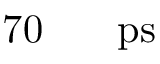
7 0 \ensuremath { \mathrm { ~ \textrm ~ { ~ \, ~ } ~ } } \ensuremath { \mathrm { p s } }